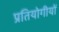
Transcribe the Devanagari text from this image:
प्रतियोगीयों